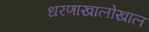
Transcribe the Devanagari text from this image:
धरणाखालोखाल